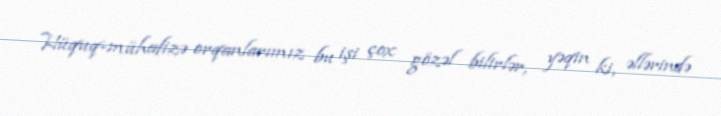
Hüquq-mühafizə orqanlarımız bu işi çox gözəl bilirlər, yəqin ki, əllərində